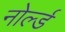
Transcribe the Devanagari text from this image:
नोर्ल्ड